Indian journal of veterinary science and animal husbandry - Volume 9,
Year: 1939
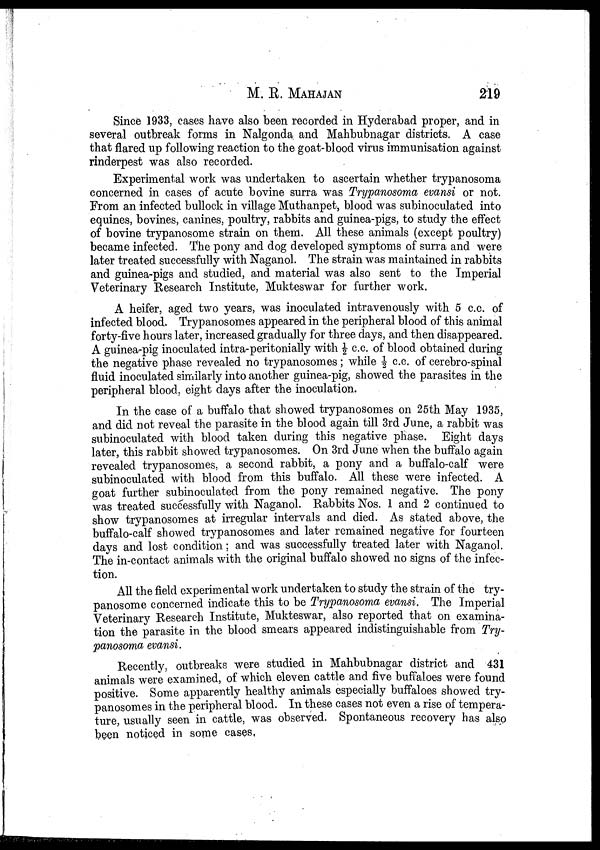
M.
R.
MAHAJAN
219
Since 1933, cases have also been recorded in Hyderabad proper, and in
several outbreak forms in Nalgonda and Mahbubnagar districts. A case
that flared up following reaction to the goat-blood virus immunisation against
rinderpest was also recorded.
Experimental work was undertaken to ascertain whether trypanosoma
concerned in cases of acute bovine surra was Trypanosoma evansi or not.
From an infected bullock in village Muthanpet, blood was subinoculated into
equines, bovines, canines, poultry, rabbits and guinea-pigs, to study the effect
of bovine trypanosome strain on them. All these animals (except poultry)
became infected. The pony and dog developed symptoms of surra and were
later treated successfully with Naganol. The strain was maintained in rabbits
and guinea-pigs and studied, and material was also sent to the Imperial
Veterinary Research Institute, Mukteswar for further work.
A heifer, aged two years, was inoculated intravenously with 5 c.c. of
infected blood. Trypanosomes appeared in the peripheral blood of this animal
forty-five hours later, increased gradually for three days, and then disappeared.
A guinea-pig inoculated intra-peritonially with ½ c.c. of blood obtained during
the negative phase revealed no trypanosomes; while ½ c.c. of cerebro-spinal
fluid inoculated similarly into another guinea-pig, showed the parasites in the
peripheral blood, eight days after the inoculation.
In the case of a buffalo that showed trypanosomes on 25th May 1935,
and did not reveal the parasite in the blood again till 3rd June, a rabbit was
subinoculated with blood taken during this negative phase. Eight days
later, this rabbit showed trypanosomes. On 3rd June when the buffalo again
revealed trypanosomes, a second rabbit, a pony and a buffalo-calf were
subinoculated with blood from this buffalo. All these were infected. A
goat further subinoculated from the pony remained negative. The pony
was treated successfully with Naganol. Rabbits Nos. 1 and 2 continued to
show trypanosomes at irregular intervals and died. As stated above, the
buffalo-calf showed trypanosomes and later remained negative for fourteen
days and lost condition; and was successfully treated later with Naganol.
The in-contact animals with the original buffalo showed no signs of the infec-
tion.
All the field experimental work undertaken to study the strain of the try-
panosome concerned indicate this to be Trypanosoma evansi. The Imperial
Veterinary Research Institute, Mukteswar, also reported that on examina-
tion the parasite in the blood smears appeared indistinguishable from Try-
panosoma evansi.
Recently, outbreaks were studied in Mahbubnagar district and 431
animals were examined, of which eleven cattle and five buffaloes were found
positive. Some apparently healthy animals especially buffaloes showed try-
panosomes in the peripheral blood. In these cases not even a rise of tempera-
ture, usually seen in cattle, was observed. Spontaneous recovery has also
been noticed in some cases.